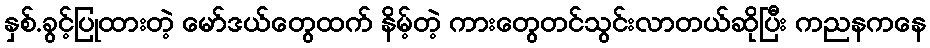
နှစ်.ခွင့်ပြုထားတဲ့ မော်ဒယ်တွေထက် နိမ့်တဲ့ ကားတွေတင်သွင်းလာတယ်ဆိုပြီး ကညနကနေ